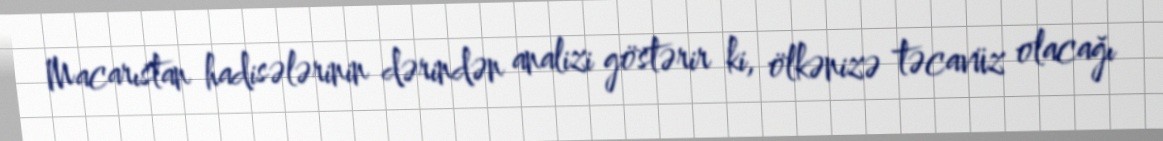
Macarıstan hadisələrinin dərindən analizi göstərir ki, ölkənizə təcavüz olacağı